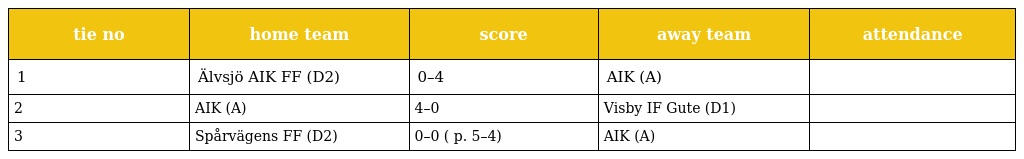
| tie no | home team | score | away team | attendance |
 | --- | --- | --- | --- | --- |
 | 1 | Älvsjö AIK FF (D2) | 0–4 | AIK (A) |  |
 | 2 | AIK (A) | 4–0 | Visby IF Gute (D1) |  |
 | 3 | Spårvägens FF (D2) | 0–0 ( p. 5–4) | AIK (A) |  |